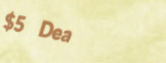
$5 Deal